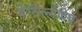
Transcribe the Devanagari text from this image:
वेसिल्येविच